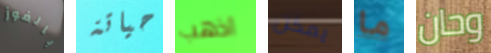
بالفوز حياتة اذهب يمكن ما وحان